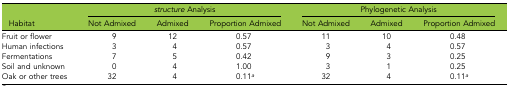
<table><thead><tr><td></td><td colspan="3"><b><i>structure</i> Analysis</b></td><td colspan="3"><b>Phylogenetic Analysis</b></td></tr><tr><td><b>Habitat</b></td><td><b>Not Admixed</b></td><td><b>Admixed</b></td><td><b>Proportion Admixed</b></td><td><b>Not Admixed</b></td><td><b>Admixed</b></td><td><b>Proportion Admixed</b></td></tr></thead><tbody><tr><td>Fruit or flower</td><td>9</td><td>12</td><td>0.57</td><td>11</td><td>10</td><td>0.48</td></tr><tr><td>Human infections</td><td>3</td><td>4</td><td>0.57</td><td>3</td><td>4</td><td>0.57</td></tr><tr><td>Fermentations</td><td>7</td><td>5</td><td>0.42</td><td>9</td><td>3</td><td>0.25</td></tr><tr><td>Soil and unknown</td><td>0</td><td>4</td><td>1.00</td><td>3</td><td>1</td><td>0.25</td></tr><tr><td>Oak or other trees</td><td>32</td><td>4</td><td>0.11<i><sup>a</sup></i></td><td>32</td><td>4</td><td>0.11<i><sup>a</sup></i></td></tr></tbody></table>